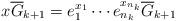
LaTeX: \begin{align*}x\overline G_{k+1}=e_1^{x_1}\cdots e_{n_k}^{x_{n_k}}\overline G_{k+1}\end{align*}